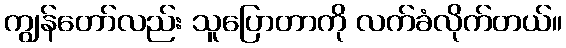
ကျွန်တော်လည်း သူပြောတာကို လက်ခံလိုက်တယ်။